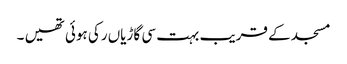
مسجد کے قریب بہت سی گاڑیاں رکی ہوئی تھیں ۔